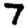
Digit: 7